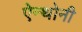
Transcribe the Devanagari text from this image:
ऐन्थोनी